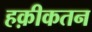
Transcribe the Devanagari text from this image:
हक़ीकतन